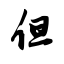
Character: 但